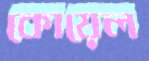
কোয়েল